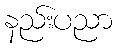
နည်းပညာ